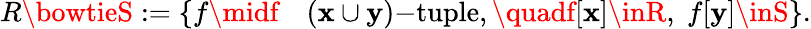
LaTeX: R\bowtieS:=\{ f\midf\quad(\mathbf{x}\cup\mathbf{y}){\mathrm{{-tuple}}},\quadf[\mathbf{x}]\inR,\; f[\mathbf{y}]\inS\} .